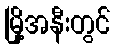
မြို့အနီးတွင်